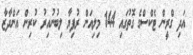
އަދި ގްރީން ޓެކްސްގެ ގޮތުގައި 144 މިލިއަން ރުފިޔާ ލިބުނުއިރު ކުރިން އަންދާޒާ